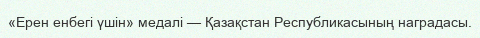
«Ерен енбегі үшін» медалі — Қазақстан Республикасының наградасы.